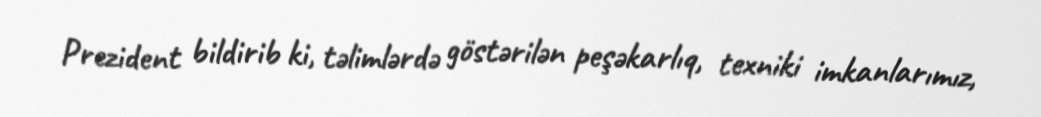
Prezident bildirib ki, təlimlərdə göstərilən peşəkarlıq, texniki imkanlarımız,